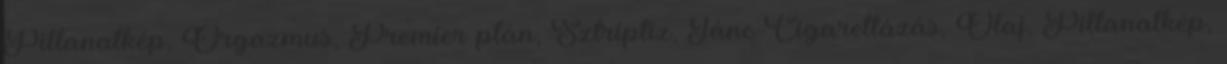
Pillanatkép, Orgazmus, Premier plán, Sztriptíz, Tánc Cigarettázás, Olaj, Pillanatkép,